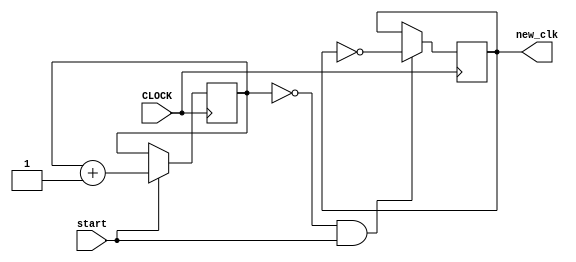
`timescale 1ns / 1ps
//////////////////////////////////////////////////////////////////////////////////
// Company: 
// Engineer: 
// 
// Design Name: 
// Module Name: static_clk
// Project Name: 
// Target Devices: 
// Tool Versions: 
// Description: 
// 
// Dependencies: 
// 
// Revision:
// Revision 0.01 - File Created
// Additional Comments:
// 
//////////////////////////////////////////////////////////////////////////////////


module static_clk(input CLOCK, start, output reg new_clk);
    reg [17:0] counter;
    initial begin
        counter = 0;
        new_clk = 0;
    end
    always @ (posedge CLOCK) begin
        counter <= (start) ? counter + 1: counter;
        new_clk <= (counter == 0 && start) ? ~new_clk: new_clk;
    end
endmodule